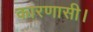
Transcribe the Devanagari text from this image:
कारणासी।